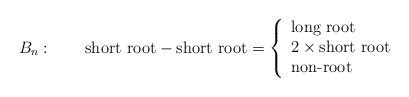
\begin{align*}B_n:\qquad \mbox{short root} - \mbox{short root}=\left\{ \begin{array}{l} \mbox{long root}\\ 2\times \mbox{short root}\\ \mbox{non-root} \end{array} \right. \end{align*}